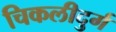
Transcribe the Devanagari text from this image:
चिकलीदुर्ग